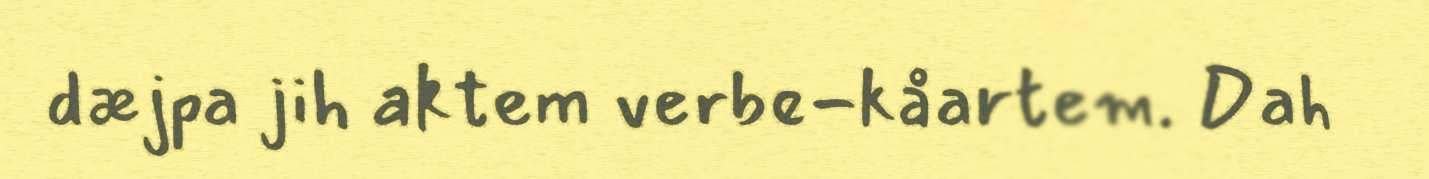
dæjpa jih aktem verbe-kåartem. Dah